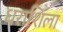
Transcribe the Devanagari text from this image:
धराशिला